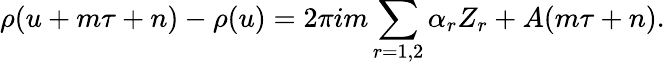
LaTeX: \rho(u+m\tau+n)-\rho(u)=2\pi im\sum_{r=1,2}\alpha_{r}Z_{r}+A(m\tau+n).